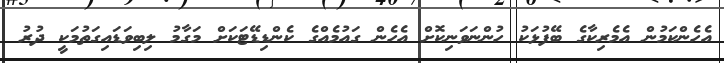
އެހެންކަމުން އެމެރިކާގެ ބޭފުޅަކު ހުންނަވަނިކޮށް އެހެން ގައުމެއްގެ ކެންޑިޑޭޓަކަށް މަގާމު ލިބިވަޑައިގަތުމަކީ ދުރު